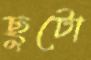
ছুটো